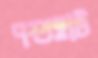
পশুহাট